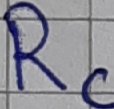
Text: Rc